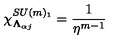
\chi _ { \mathbf { \Lambda } _ { \alpha j } } ^ { S U ( m ) _ { 1 } } = \frac { 1 } { \eta ^ { m - 1 } }